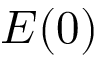
E ( 0 )